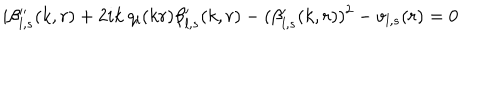
i \beta _ { l , s } ^ { \prime \prime } ( k , r ) + 2 i k \: q _ { l } ( k r ) \beta _ { l , s } ^ { \prime } ( k , r ) - ( \beta _ { l , s } ^ { \prime } ( k , r ) ) ^ { 2 } - v _ { l , s } ( r ) = 0